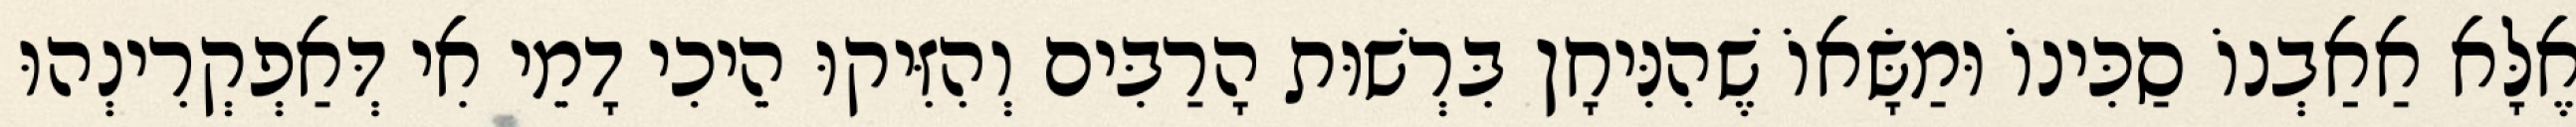
אֶלָּא אַאַבְנוֹ סַכִּינוֹ וּמַשָּׂאוֹ שֶׁהִנִּיחָן בִּרְשׁוּת הָרַבִּים וְהִזִּיקוּ הֵיכִי דָמֵי אִי דְּאַפְקְרִינְהוּ